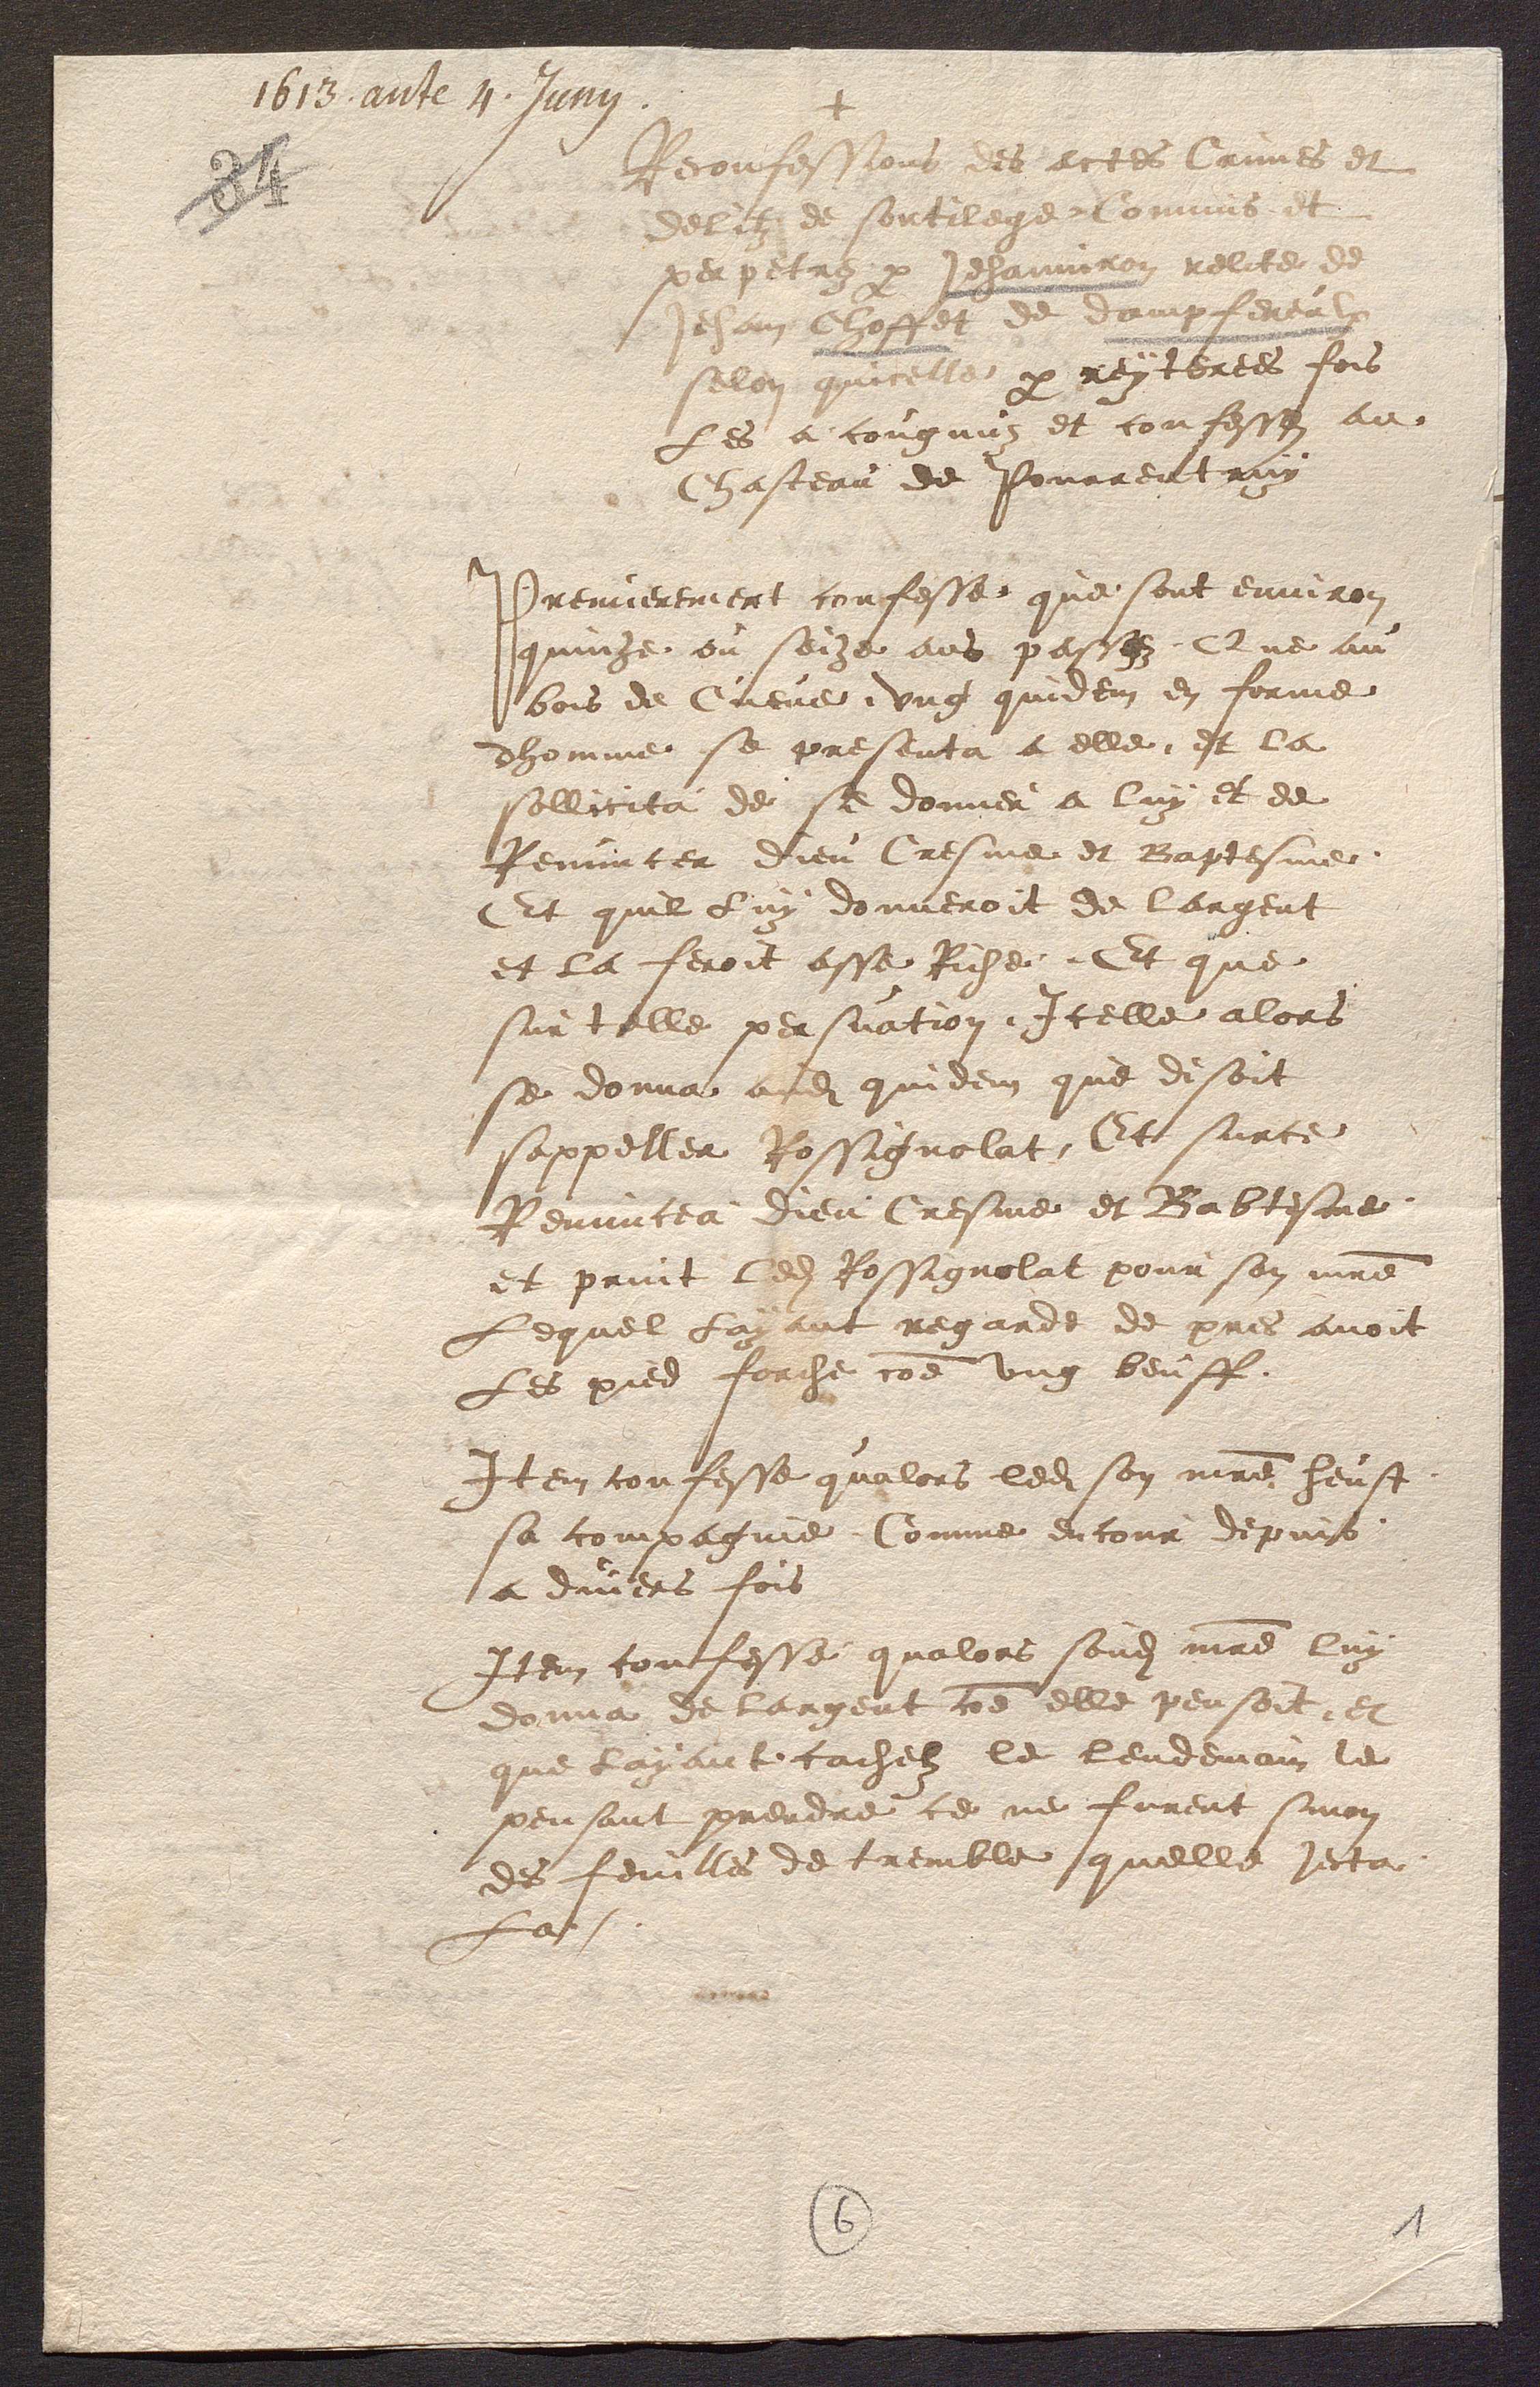
+
Reconfessions les ectes Crimes et
deliz de sortil geonmis et
plapetrez par Jehannire relibe de
Jehann Choffel de dampfereux
selon quicelle par reytbrees fois
Les a congnuz et confesses au
Chasteau de Pourrentruy
Premierement confesse que sont environ
quinze ou soize ans pacsez Que au
bois de Cueve, ung quidem en forme
dhomme se presenta a elle et la
sollicita de se donner a luy et de
Renuncer Dieu Cresme et Baptesme
Et quil Luy donneroit de largent
et la feroit asse Riche, Et que
sur telle persuation Icelle alors
se donna adit quidem que disoit
sappeller Rossignolat Et surce
Renuncea dieu Cresme et Babtesme
et print ledit Rossignolat pour son maitre
Lequel Layant regarde de pres avoit
Les pied forche comme ung beuff
Item confesse qualors ledit son maitre heust
sa compagnie. Comme encour depuiss
a divers fois
Item confesse qualors sondit maitre luy
donna de largent comme elle pensoit et
que layant cachel le lendemain le
pensant prendre ce ne furent sinon
des feuilles de tremble quelle jecta
La